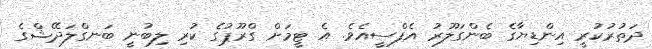
ދަތުރުކުރީ އިންޑިޔާގެ ބެންގަލޫރު އެފްސީއެވެ. އެ ޓީމަށް ގްރޫޕުގެ ކުރި ލިބުނީ ބަނގްލަދޭޝްގެ